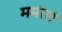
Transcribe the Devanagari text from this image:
ममंतरं